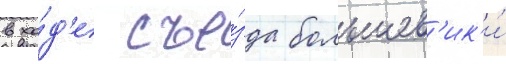
в хо́д'е съе́зда большев'ик'и́